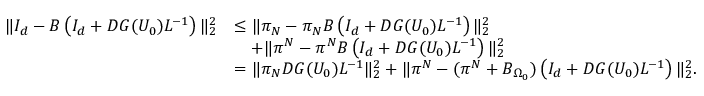
\begin{array} { r l } { \| I _ { d } - B \left( I _ { d } + D G ( U _ { 0 } ) L ^ { - 1 } \right) \| _ { 2 } ^ { 2 } } & { \leq \| \pi _ { N } - \pi _ { N } B \left( I _ { d } + D G ( U _ { 0 } ) L ^ { - 1 } \right) \| _ { 2 } ^ { 2 } } \\ & { \quad + \| \pi ^ { N } - \pi ^ { N } B \left( I _ { d } + D G ( U _ { 0 } ) L ^ { - 1 } \right) \| _ { 2 } ^ { 2 } } \\ & { = \| \pi _ { N } D G ( U _ { 0 } ) L ^ { - 1 } \| _ { 2 } ^ { 2 } + \| \pi ^ { N } - ( \pi ^ { N } + B _ { \Omega _ { 0 } } ) \left( I _ { d } + D G ( U _ { 0 } ) L ^ { - 1 } \right) \| _ { 2 } ^ { 2 } . } \end{array}